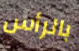
بالرأس